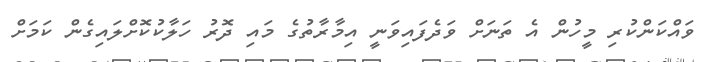
ވައްކަންކުރި މީހުން އެ ތަނަށް ވަދެފައިވަނީ އިމާރާތުގެ މައި ދޮރު ހަލާކުކޮށްލައިގެން ކަމަށް